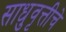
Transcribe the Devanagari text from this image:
साधुवृत्तीचे